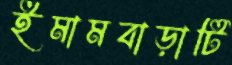
ইমামবাড়াটি